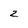
Character: 2